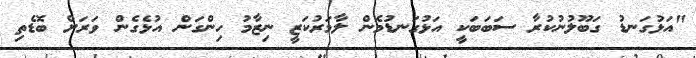
"އަޅުގަނޑު ގަބޫލުނުކުރާ ސަބަބަކީ އަޅުގަނޑުމެން ލާމަރުކަޒީ ނިޒާމު ހިންގަން އުޅެގެން ވަރަށް ބޮޑެތި